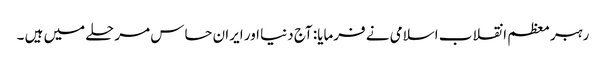
رہبر معظم انقلاب اسلامی نے فرمایا: آج دنیا اور ایران حساس مرحلے میں ہیں ۔